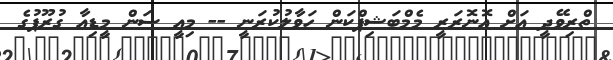
ތްރިވޭދީ އަށް އޮނޮރަރީ މެމްބަޝިޕްކަން ހަވާލުކުރަނީ -- މިއީ ސަން މީޑިއާ ގުރޫޕުގެ